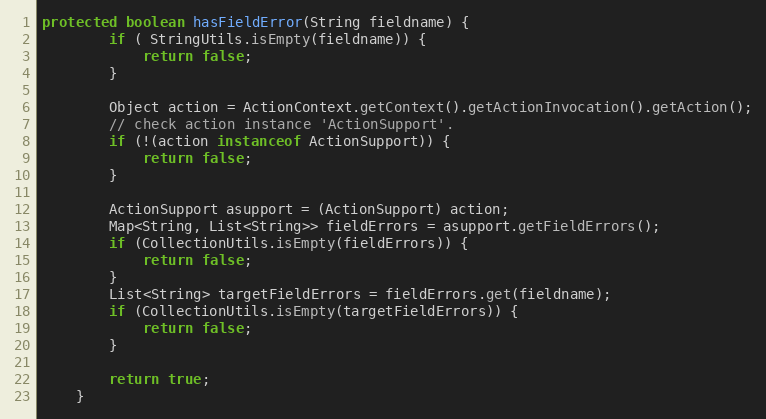
Language: Java
protected boolean hasFieldError(String fieldname) {
		if ( StringUtils.isEmpty(fieldname)) {
			return false;
		}

		Object action = ActionContext.getContext().getActionInvocation().getAction();
		// check action instance 'ActionSupport'.
		if (!(action instanceof ActionSupport)) {
			return false;
		}

		ActionSupport asupport = (ActionSupport) action;
		Map<String, List<String>> fieldErrors = asupport.getFieldErrors();
		if (CollectionUtils.isEmpty(fieldErrors)) {
			return false;
		}
		List<String> targetFieldErrors = fieldErrors.get(fieldname);
		if (CollectionUtils.isEmpty(targetFieldErrors)) {
			return false;
		}

		return true;
	}